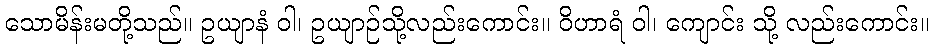
သောမိန်းမတို့သည်။ ဥယျာနံ ဝါ၊ ဥယျာဉ်သို့လည်းကောင်း။ ဝိဟာရံ ဝါ၊ ကျောင်း သို့ လည်းကောင်း။